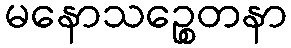
မနောသဉ္စေတနာ